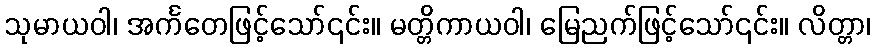
သုမာယဝါ၊ အင်္ကတေဖြင့်သော်၎င်း။ မတ္တိကာယဝါ၊ မြေညက်ဖြင့်သော်၎င်း။ လိတ္တာ၊